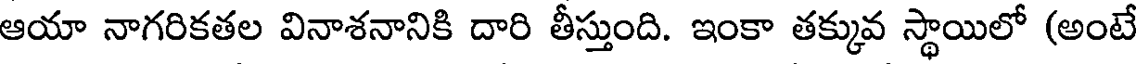
ఆయా నాగరికతల వినాశనానికి దారి తీస్తుంది. ఇంకా తక్కువ స్థాయిలో (అంటే